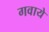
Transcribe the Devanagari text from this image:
गवाये